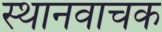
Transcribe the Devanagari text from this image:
स्थानवाचक